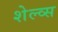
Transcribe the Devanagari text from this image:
शेल्व्स